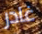
غادر